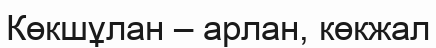
Көкшұлан – арлан, көкжал